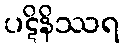
ပဋိနိဿရ